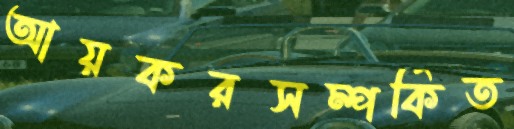
আয়করসম্পর্কিত